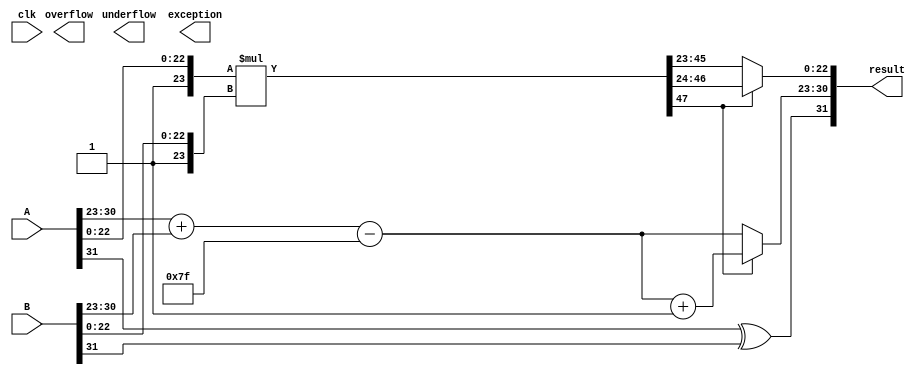
`timescale 1ns / 1ps
module FloatingMultiplication #(parameter XLEN=32)
                                (input [XLEN-1:0]A,
                                 input [XLEN-1:0]B,
                                 input clk,
                                 output overflow,
                                 output underflow,
                                 output exception,
                                 output reg  [XLEN-1:0] result);

reg [23:0] A_Mantissa,B_Mantissa;
reg [22:0] Mantissa;
reg [47:0] Temp_Mantissa;
reg [7:0] A_Exponent,B_Exponent,Temp_Exponent,diff_Exponent,Exponent;
reg A_sign,B_sign,Sign;
reg [32:0] Temp;
reg [6:0] exp_adjust;
always@(*)
begin
A_Mantissa = {1'b1,A[22:0]};
A_Exponent = A[30:23];
A_sign = A[31];
  
B_Mantissa = {1'b1,B[22:0]};
B_Exponent = B[30:23];
B_sign = B[31];

Temp_Exponent = A_Exponent+B_Exponent-127;
Temp_Mantissa = A_Mantissa*B_Mantissa;
Mantissa = Temp_Mantissa[47] ? Temp_Mantissa[46:24] : Temp_Mantissa[45:23];
Exponent = Temp_Mantissa[47] ? Temp_Exponent+1'b1 : Temp_Exponent;
Sign = A_sign^B_sign;
result = {Sign,Exponent,Mantissa};
end
endmodule